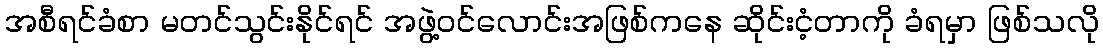
အစီရင်ခံစာ မတင်သွင်းနိုင်ရင် အဖွဲ့ဝင်လောင်းအဖြစ်ကနေ ဆိုင်းငံ့တာကို ခံရမှာ ဖြစ်သလို